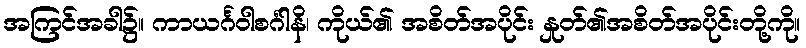
အကြင်အခါ၌။ ကာယင်္ဂဝါစင်္ဂါနိ၊ ကိုယ်၏ အစိတ်အပိုင်း နှုတ်၏အစိတ်အပိုင်းတို့ကို။